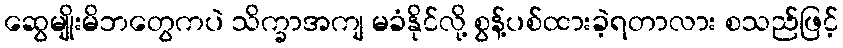
ဆွေမျိုးမိဘတွေကပဲ သိက္ခာအကျ မခံနိုင်လို့ စွန့်ပစ်ထားခဲ့ရတာလား စသည်ဖြင့်